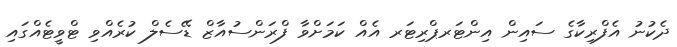
ދެކުނު އެފްރިކާގެ ސައިން އިންޓަރޕްރިޓަރ އެއް ކަމަށްވާ ފްރަންސުއާޒް ޑޭސެލް ކުރެއްވި ޓްވީޓެއްގައި